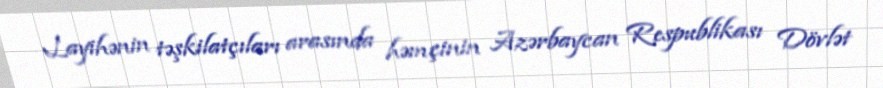
Layihənin təşkilatçıları arasında həmçinin Azərbaycan Respublikası Dövlət